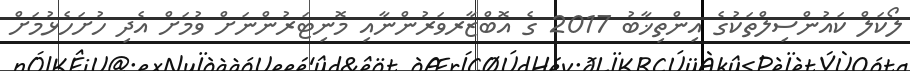
ލޯކަލް ކައުންސިލްތަކުގެ އިންތިޚާބު 2017 ގެ އޮބްޒާރވަރުންނާއި މޮނިޓަރުންނަށް ވުމަށް އެދި ހުށަހެޅުމަށް